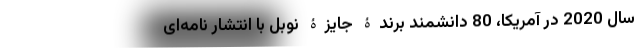
سال 2020 در آمریکا، 80 دانشمند برندۀ جایزۀ نوبل با انتشار نامه‌ای